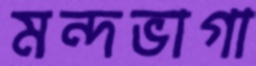
মন্দভাগা